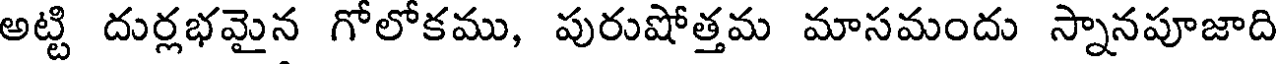
అట్టి దుర్లభమైన గోలోకము, పురుషోత్తమ మాసమందు స్నానపూజాది